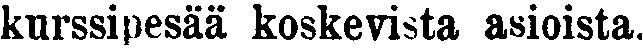
kurssipesää koskevista asioista.